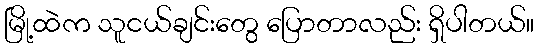
မြို့ထဲက သူငယ်ချင်းတွေ ပြောတာလည်း ရှိပါတယ်။